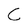
Character: C